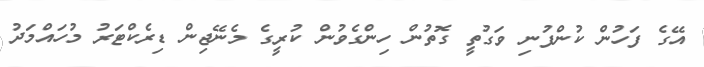
އޭގެ ފަހުން ކުންފުނި ވަގުތީ ގޮތުން ހިންގެވުން ކުރީގެ މެނޭޖިން ޑިރެކްޓަރު މުހައްމަދު